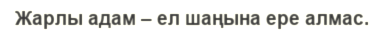
Жарлы адам – ел шаңына ере алмас.